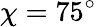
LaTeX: \chi=75^{\circ}